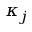
\kappa _ { j }